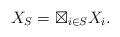
LaTeX: \begin{align*} X_S =\boxtimes_{i\in S} X_i. \end{align*}